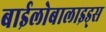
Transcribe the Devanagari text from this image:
बाईलोबालाइड्स